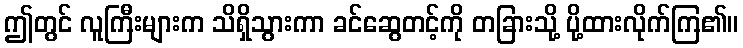
ဤတွင် လူကြီးများက သိရှိသွားကာ ခင်ဆွေတင့်ကို တခြားသို့ ပို့ထားလိုက်ကြ၏။